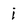
Character: i